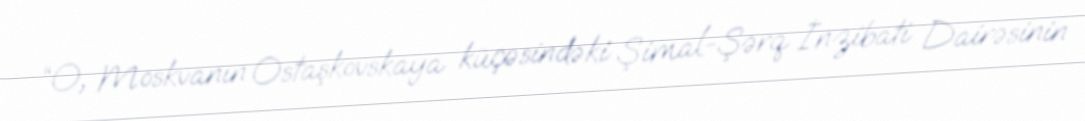
“O, Moskvanın Ostaşkovskaya küçəsindəki Şimal-Şərq İnzibati Dairəsinin